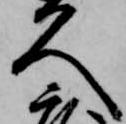
久